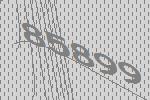
85899